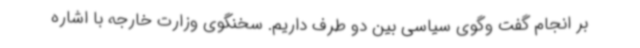
بر انجام گفت وگوی سیاسی بین دو طرف داریم. سخنگوی وزارت خارجه با اشاره